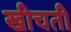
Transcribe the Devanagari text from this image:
खीचती